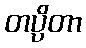
တပ္ပိတာ